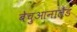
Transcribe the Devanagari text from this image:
बेचुआनालैंड